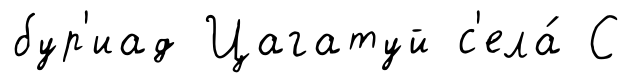
бур'иад Цагатуй с'ела́ С